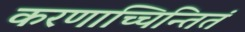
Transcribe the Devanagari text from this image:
करणाच्चिन्तितं